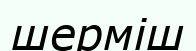
шерміш